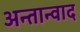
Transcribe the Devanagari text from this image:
अन्तान्वाद